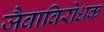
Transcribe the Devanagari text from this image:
जैवाविरोधक